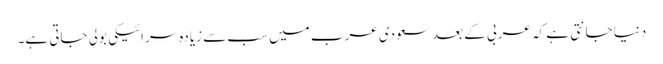
دنیا جانتی ہے کہ عربی کے بعد سعودی عرب میں سب سے زیادہ سرائیکی بولی جاتی ہے۔